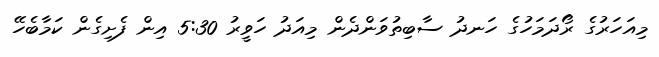
މިއަހަރުގެ ރޯދަމަހުގެ ހަނދު ސާބިތުވަންދެން މިއަދު ހަވީރު 5:30 އިން ފެށިގެން ކަމާބެހޭ